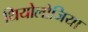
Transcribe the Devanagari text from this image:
थियोलोजिया